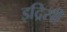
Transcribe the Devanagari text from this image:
इद्रिसी